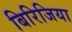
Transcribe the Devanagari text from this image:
बिरिजिया